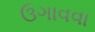
ઉગાવવા